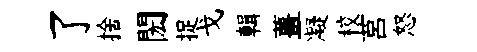
了捨閎捉戈輯薑凝校莒怒